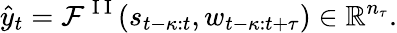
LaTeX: \hat{y}_{t}=\mathcal{F}^{\mathrm{~I~I~}}(s_{t-\kappa:t},w_{t-\kappa:t+\tau})\in\mathbb{R}^{n_{\tau}}.